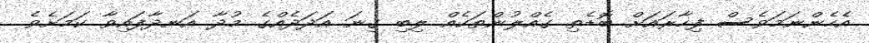
އެހެންނަމަވެސް ފިހާރައަށް ބޮޑެތި ގެއްލުންތަކެއް ލިބި ގިނަ އަދަދެއްގެ މުދާ އަނދާފައިވާ ކަމަށެވެ.